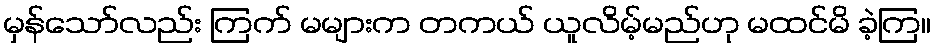
မှန်သော်လည်း ကြက် မများက တကယ် ယူလိမ့်မည်ဟု မထင်မိ ခဲ့ကြ။